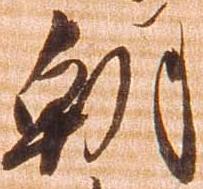
朝